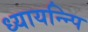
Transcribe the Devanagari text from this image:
ध्यायन्न्पि